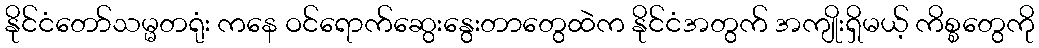
နိုင်ငံတော်သမ္မတရုံး ကနေ ဝင်ရောက်ဆွေးနွေးတာတွေထဲက နိုင်ငံအတွက် အကျိုးရှိမယ့် ကိစ္စတွေကို